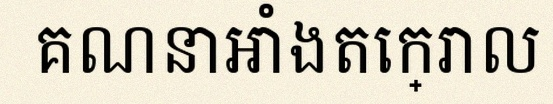
គណនាអាំងតេក្រាល